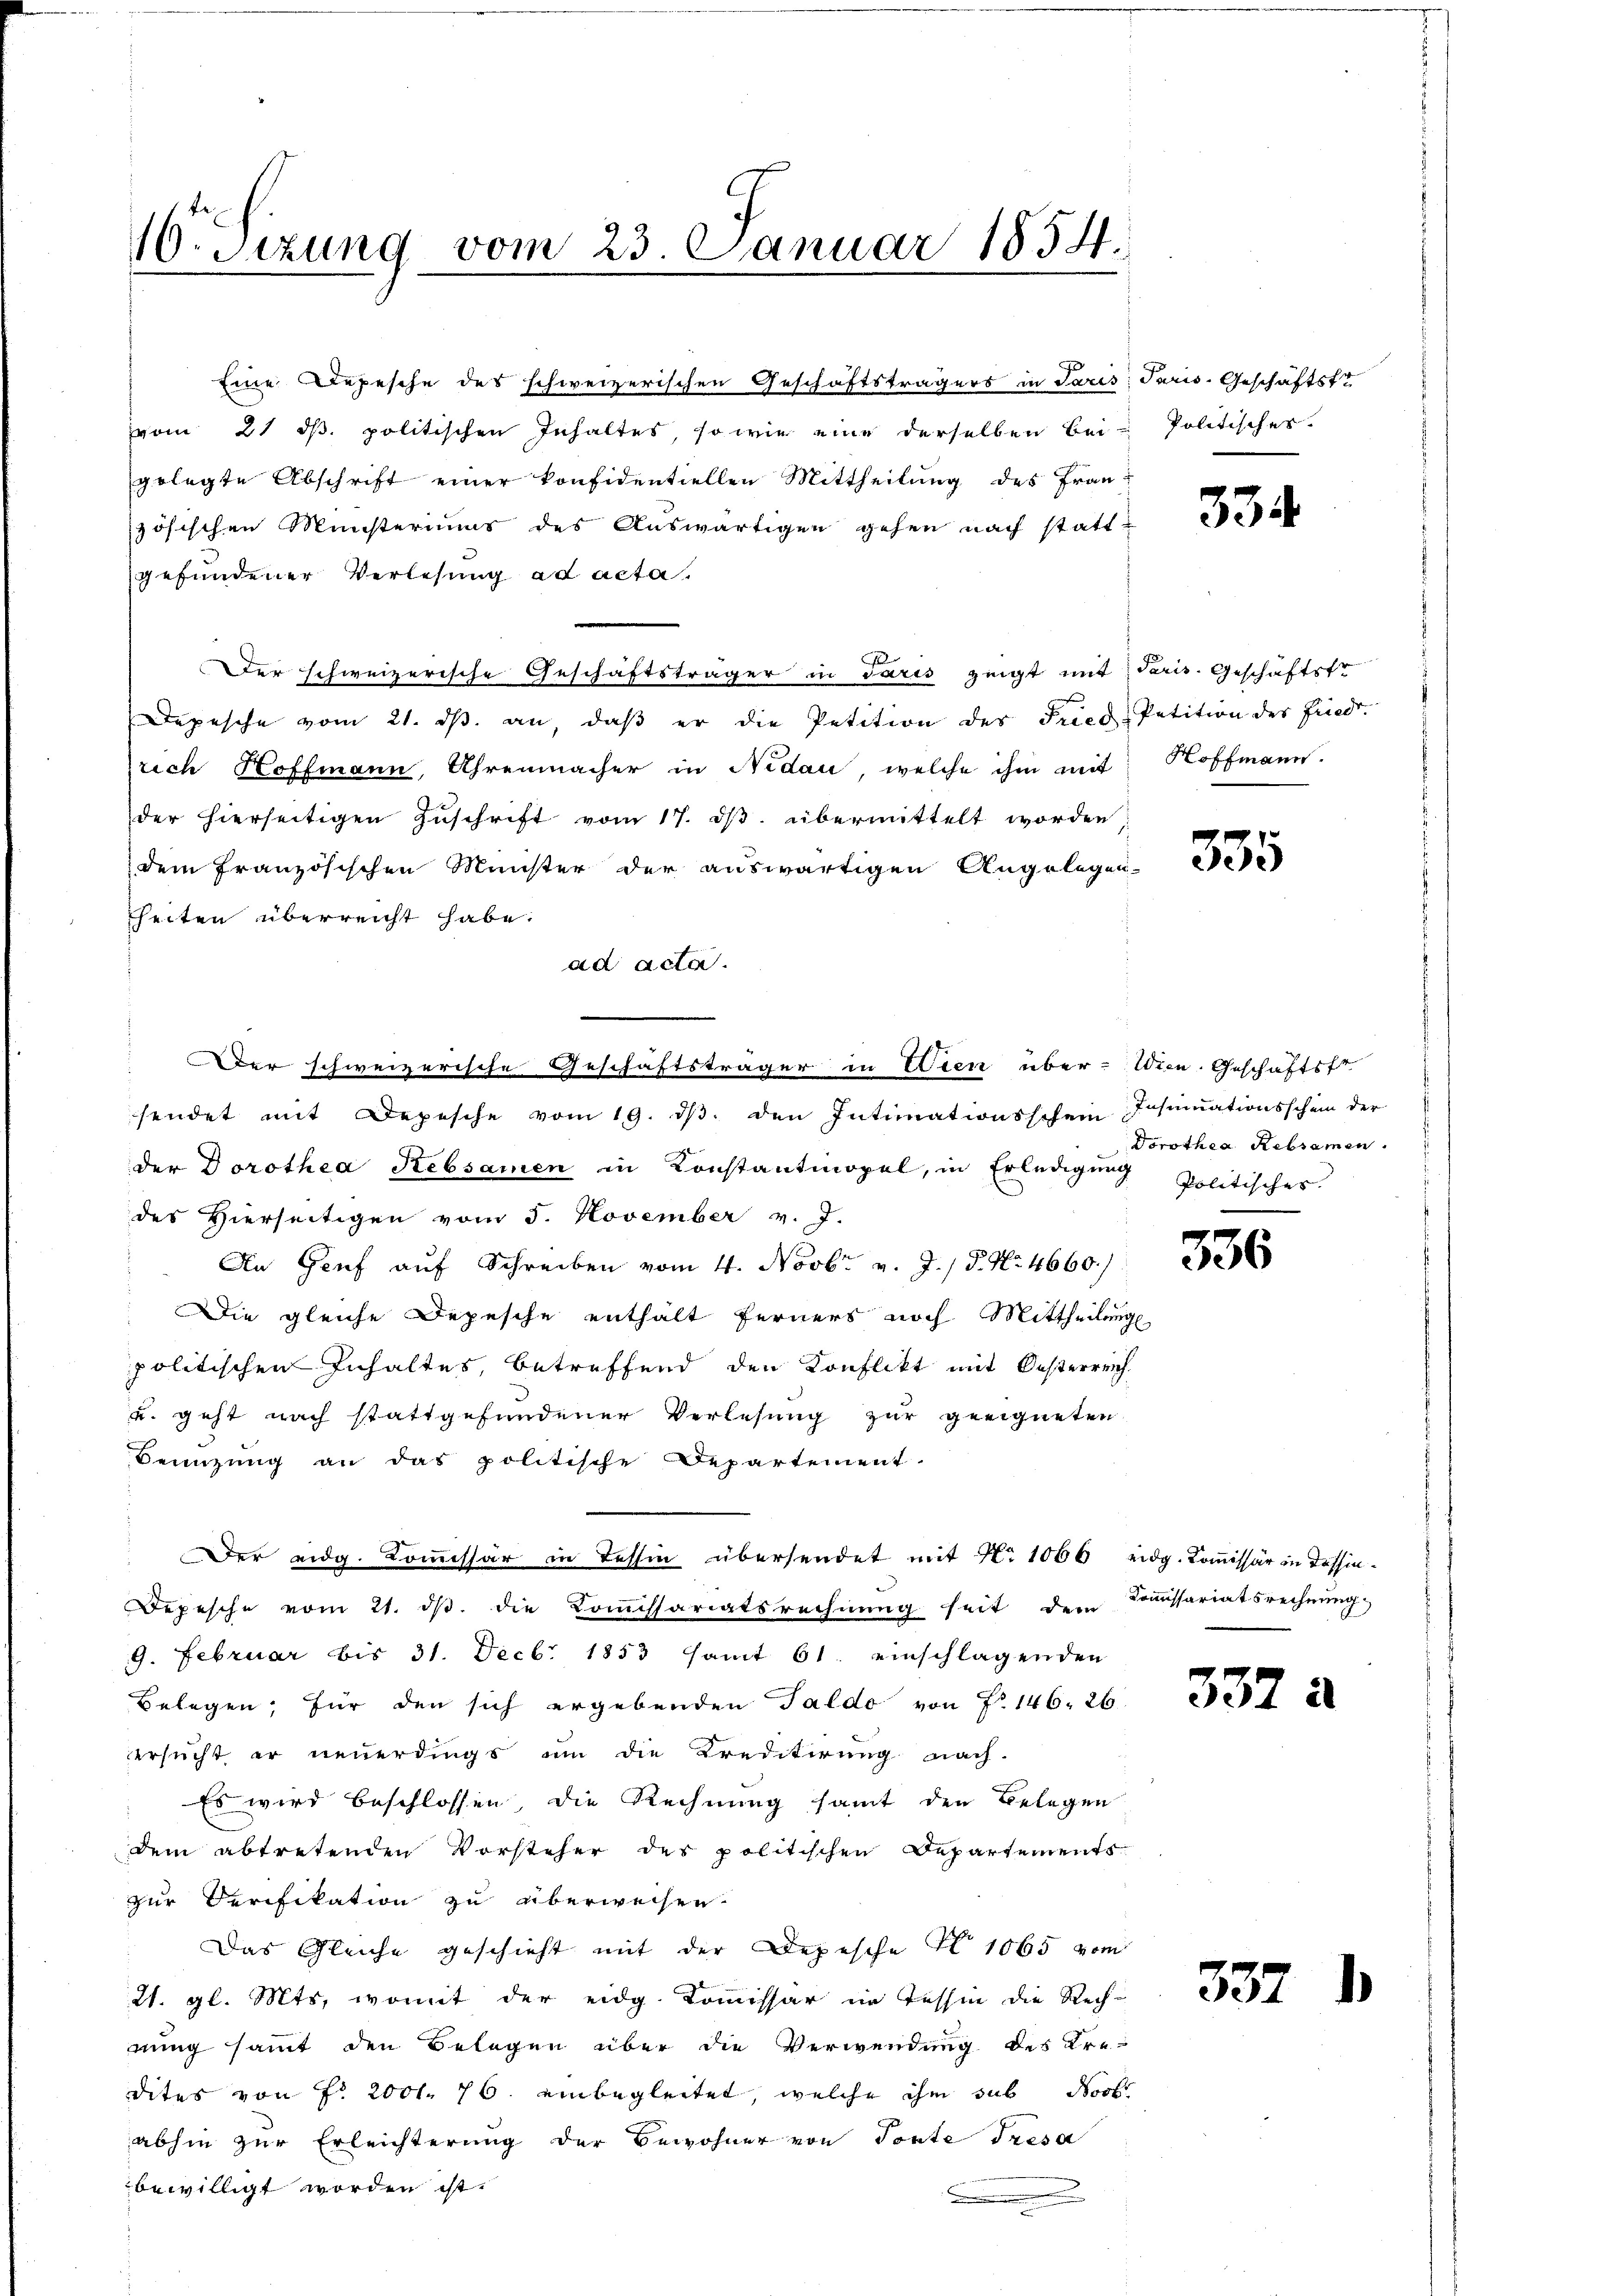
16. Sizung vom 23. Januar 1854.

vom 21. ds. politischen Inhaltes, so wie eine derselben bei Politischer
gelegte Abschrift einer konfidentiellen Mittheilung des Französischen Ministeriums des Auswärtigen gehen nach statt-
gefundener Verlesung ad acta.
Der schweizerische Geschäftsträger in Paris zeigt mit Paris. Geschäftste
Depesche vom 21. dβ an, daβ er die Petition des Fried-Petition der Fried-
rich Hoffmann, Uhrenmacher in Nidau, welche ihm mit Hoffmann.
der hierseitigen Zuschrift vom 17. dβ übermittelt worden
dem französischen Münster der auswärtigen Angelegen-
kheiten überreicht habe.
ad acta.
Der schweizerische Geschäftsträger in Wien über-Wien. Geschäftsst
sendet mit Depesche vom 19. ds. den Intimationsschein Insinuationsschein der
der Dorothea Rebsamen in Konstantmopel, in Erledigung Politisches
des Hierseitigen vom 5. November v. J.
An Genf auf Schreiben vom 4. Novbr. v. J. P. Nr. 4660.)
Die gleiche Depesche enthalt ferners noch Mittheilung
politischen Inhaltes, betreffend den Konflikt mit Oesterreich-
u. geht nach stattgefundener Verlesung zur geeigneten
Benuzung an das politische Departement.
Der eidg. Kommissär in Tessin übersendet mit No 1066 eidg. Kommissär in Tessin¬
Depesche vom 21. dβ. die Koṁissariatsrechnŭng seit dem Comissariatsrechnŭng
9. Februar bis 31. Decbr. 1853 samt 61. einschlagenden
Belegen, für den sich ergebenden Taldo von P. 146. 26
ersucht er neuerdings um die Kreditirung nach-
Es wird beschlossen, die Rechnung samt den Belegen
dem abtretenden Vorsteher des politischen Departements
zur Verifikation zu überweisen.
Das Gleiche geschieht mit der Depesche No 1065 vom
21. gl. Mts, womit der eidg. Kommissar in Tessin die Rech-
rung sammt den Belegen über die Verwendung des Kre-
dites von Fr. 2001. 76. einbegleitet, welche ihm sub Proto
abhin zur Erleichterung der Bewohner von Torte Tresa
bewilligt worden ist.

Eine Depesche des schweizerischen Geschäftsträgers in Paris Paris. Geschäftste

334.

335

Dorothea Rebsamen.

336

337

337

i

)